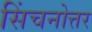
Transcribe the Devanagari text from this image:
सिंचनोत्तर